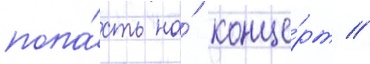
попа́сть на́ конце́рт //